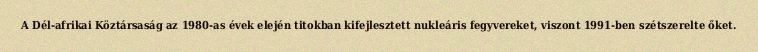
A Dél-afrikai Köztársaság az 1980-as évek elején titokban kifejlesztett nukleáris fegyvereket, viszont 1991-ben szétszerelte őket.